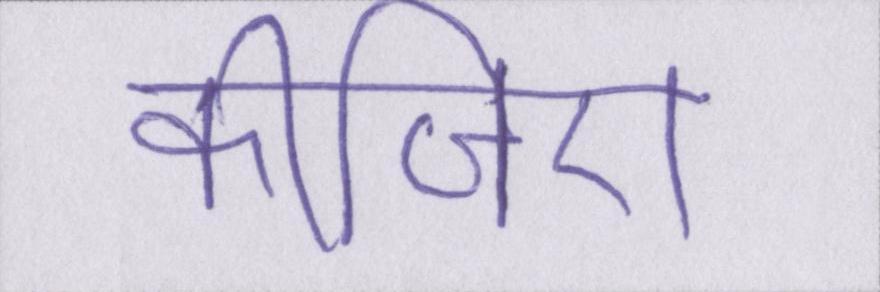
कीजिए।